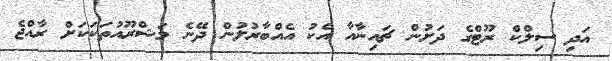
އަދި ސިލްކް ރޫޓްގެ ދަށުން ޗައިނާއާ އެކު އެއްބާރުލުން ދޭނެ މަޝްރޫއުތަކަކަށް ރާއްޖެ